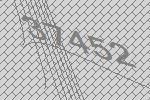
37452